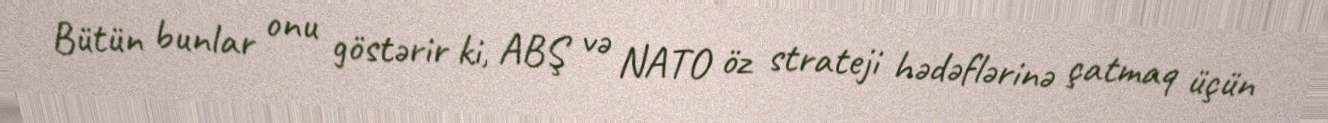
Bütün bunlar onu göstərir ki, ABŞ və NATO öz strateji hədəflərinə çatmaq üçün